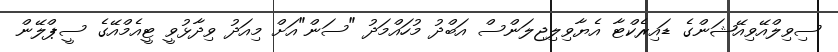
ސިވިލްއޭވިއޭޝަންގެ ޑައިރެކްޓާ އެޔާވިލިޖިލަންސް އަބްދު މުހައްމަދު "ސަން"އަށް މިއަދު ވިދާޅުވީ ޓީއެމްއޭގެ ސީޕްލޭން